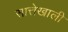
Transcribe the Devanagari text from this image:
सात्तेखाली